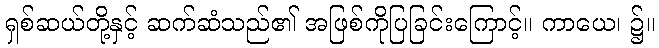
ရှစ်ဆယ်တို့နှင့် ဆက်ဆံသည်၏ အဖြစ်ကိုပြခြင်းကြောင့်။ ကာယေ၊ ၌။